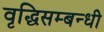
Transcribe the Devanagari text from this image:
वृद्धिसम्बन्धी